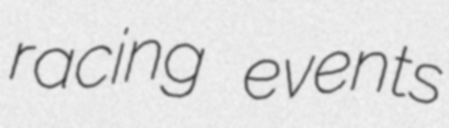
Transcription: racing events